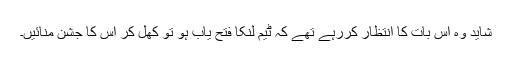
شاید وہ اس بات کا انتظار کررہے تھے کہ ٹیم لنکا فتح یاب ہو تو کھل کر اس کا جشن منائیں۔